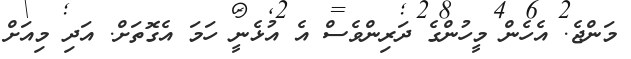
މަންޖެ. އެހެން މީހުންގެ ދަރިންވެސް އެ އުޅެނީ ހަމަ އެގޮތަށް. އަދި މިއަށް